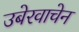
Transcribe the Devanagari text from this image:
उबेरवाचेन